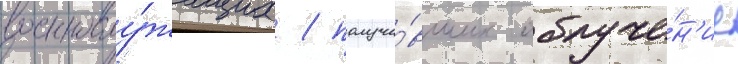
военнослу́жащих / получи́вших облуче́н'ие